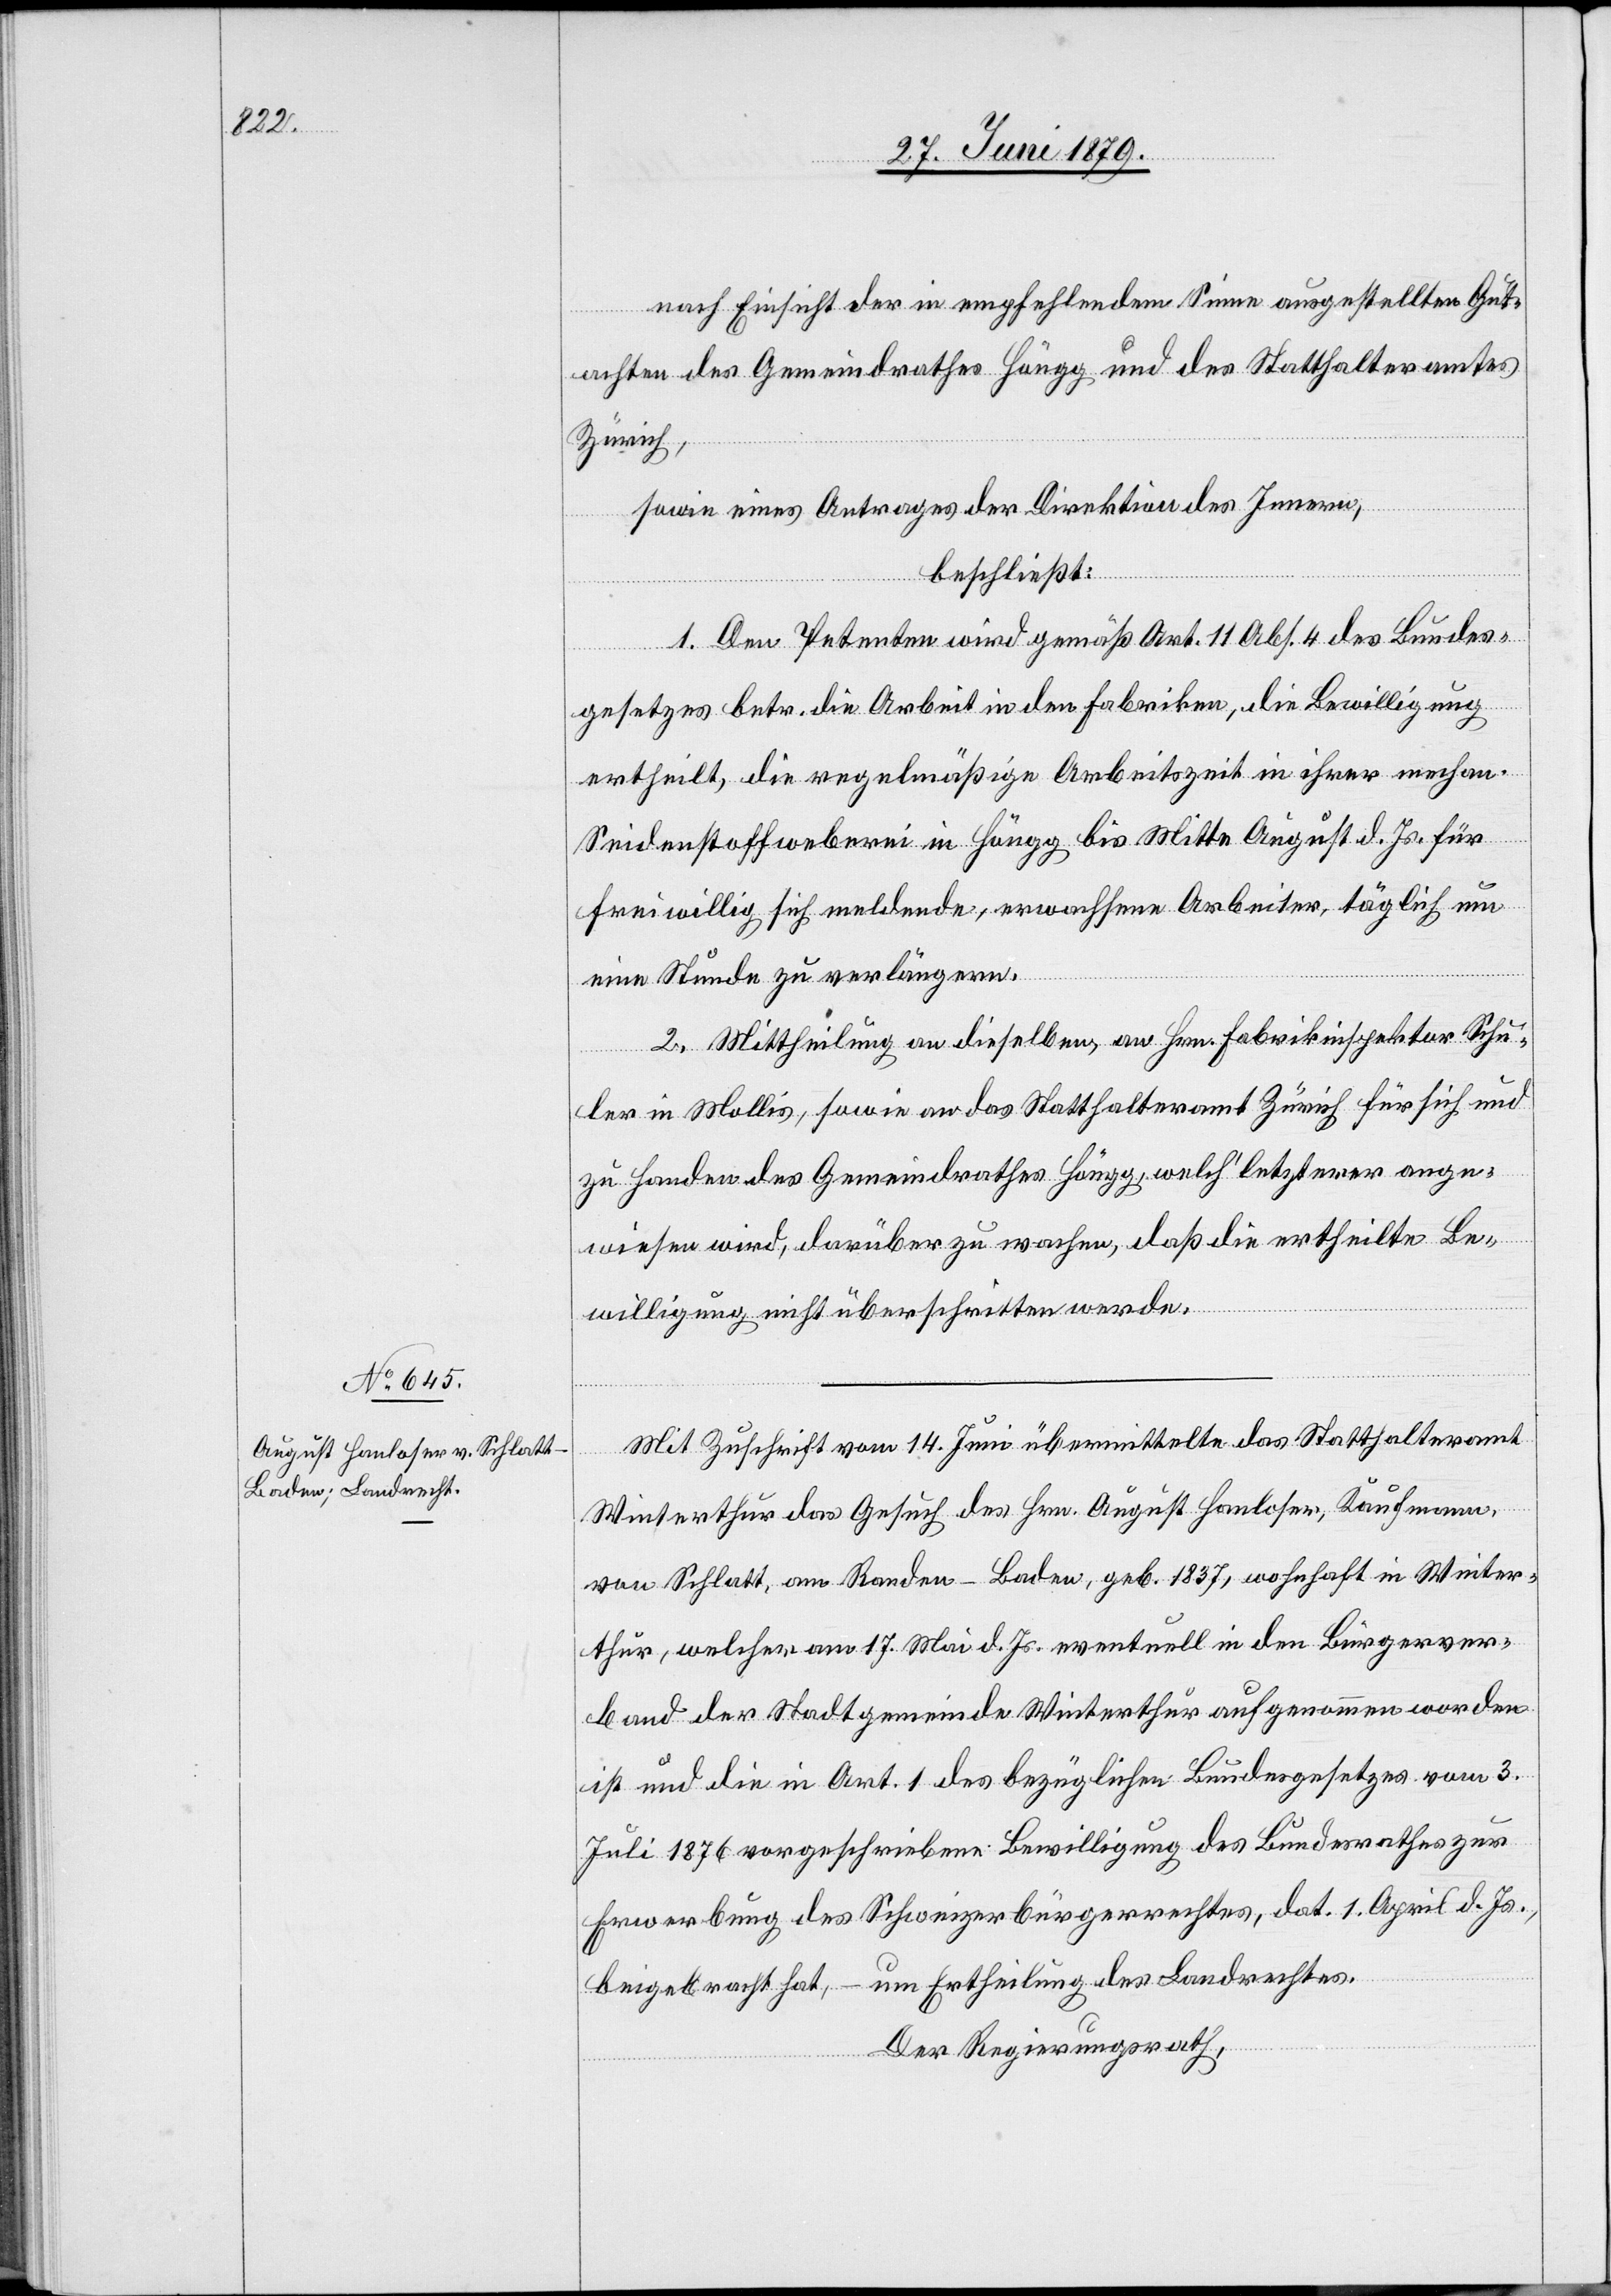
nach Einsicht der in empfehlendem Sinne ausgestellten Gut¬
achten des Gemeindrathes Höngg und des Statthalteramtes
Zürich,
sowie eines Antrages der Direktion des Innern,
beschließt:
1. Den Petenten wird gemäß Art. 11 Abs. 4 des Bundes¬
gesetzes betr. die Arbeit in den Fabriken, die Bewilligung
ertheilt, die regelmäßige Arbeitszeit in ihrer mechan.
Seidenstoffweberei in Höngg bis Mitte August d. Js. für
freiwillig sich meldende, erwachsene Arbeiter, täglich um
eine Stunde zu verlängern.
2. Mittheilung an dieselben, an Hrn. Fabrikinspektor Schu¬
ler in Mollis, sowie an das Statthalteramt Zürich für sich und
zu Handen des Gemeindrathes Höngg, welch’ letzterer ange¬
wiesen wird, darüber zu wachen, daß die ertheilte Be¬
willigung nicht überschritten werde.
Mit Zuschrift vom 14. Juni übermittelte das Statthalteramt
Winterthur das Gesuch des Hrn. August Hanloser, Kaufmann,
von Schlatt, am Randen - Baden, geb. 1837, wohnhaft in Winter¬
thur, welcher am 17. Mai d. Js. eventuell in den Bürgerver¬
band der Stadtgemeinde Winterthur aufgenommen worden
ist und die in Art. 1 des bezüglichen Bundesgesetzes vom 3.
Juli 1876 vorgeschriebene Bewilligung des Bundesrathes zur
Erwerbung des Schweizerbürgerrechtes, dat. 1. April d. Js.,
beigebracht hat, – um Ertheilung des Landrechtes.
Der Regierungsrath,